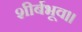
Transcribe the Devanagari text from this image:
शीर्बभूव॥